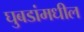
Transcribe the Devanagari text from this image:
घुबडांमधील